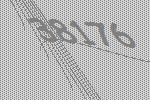
38176